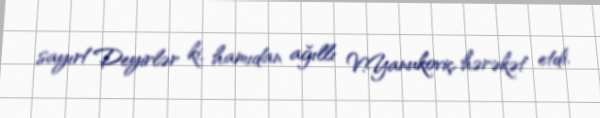
sayır!Deyirlər ki, hamıdan ağıllı V.Yanukoviç hərəkət etdi.